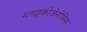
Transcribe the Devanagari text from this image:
ग्लाइकोजेनोसिस